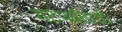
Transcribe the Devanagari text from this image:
गटपर्वतांची